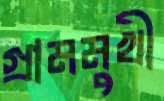
গ্রামমুখী